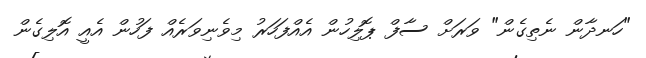
"ހަނދާން ނެތިގެން" ވަރަށް ސާފް ޕޮލިހުން އެއްފަހަރު މިވެނިވަރެއް ފަހުން އެއީ އޮލިގެން